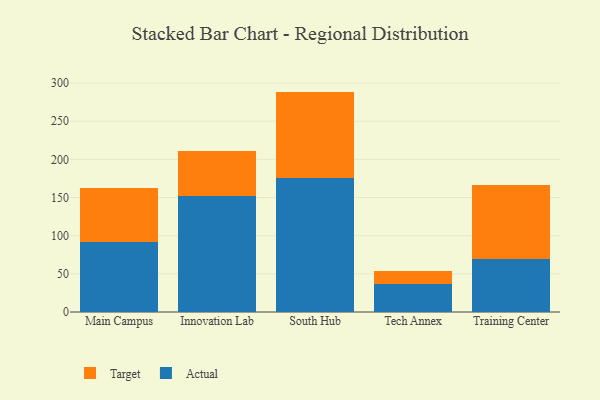
{"axis": {"x": "Campus", "y": "Temperature (°C)"}, "legend": ["Actual", "Target"], "data": [{"x": "Main Campus", "y": 91.8, "type": "Actual"}, {"x": "Main Campus", "y": 71.3, "type": "Target"}, {"x": "Innovation Lab", "y": 151.5, "type": "Actual"}, {"x": "Innovation Lab", "y": 59.1, "type": "Target"}, {"x": "South Hub", "y": 176.2, "type": "Actual"}, {"x": "South Hub", "y": 112.6, "type": "Target"}, {"x": "Tech Annex", "y": 36.8, "type": "Actual"}, {"x": "Tech Annex", "y": 17.5, "type": "Target"}, {"x": "Training Center", "y": 69.3, "type": "Actual"}, {"x": "Training Center", "y": 97.2, "type": "Target"}]}